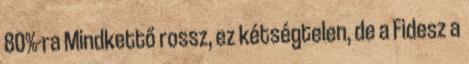
80%-ra Mindkettő rossz, ez kétségtelen, de a Fidesz a